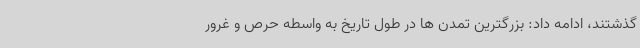
گذشتند، ادامه داد: بزرگترین تمدن ها در طول تاریخ به واسطه حرص و غرور